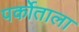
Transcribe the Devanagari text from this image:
पर्कोताला